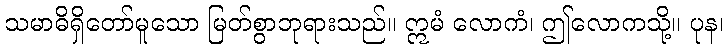
သမာဓိရှိတော်မူသော မြတ်စွာဘုရားသည်။ ဣမံ လောကံ၊ ဤလောကသို့။ ပုန၊